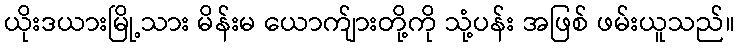
ယိုးဒယားမြို့သား မိန်းမ ယောက်ျားတို့ကို သုံ့ပန်း အဖြစ် ဖမ်းယူသည်။